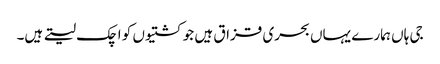
جی ہاں ہمارے یہاں بحری قزاق ہیں جو کشتیوں کو اچک لیتے ہیں۔